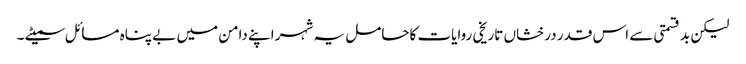
لیکن بد قسمتی سے اس قدر درخشاں تاریخی روایات کاحامل یہ شہر اپنے دامن میں بے پناہ مسائل سمیٹے ۔